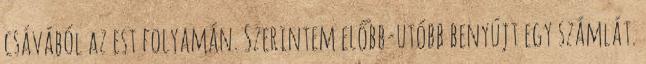
csávából az est folyamán. Szerintem előbb-utóbb benyújt egy számlát.